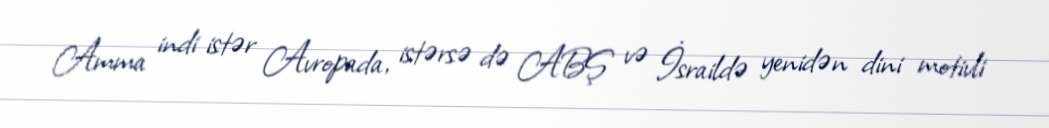
Amma indi istər Avropada, istərsə də ABŞ və İsraildə yenidən dini motivli